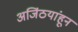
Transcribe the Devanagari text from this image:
अजिंठयांहून